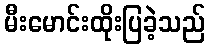
မီးမောင်းထိုးပြခဲ့သည်